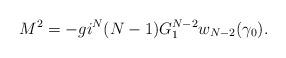
LaTeX: \begin{align*}M^2=-gi^N (N-1) G_1^{N-2} w_{N-2}(\gamma_0).\end{align*}